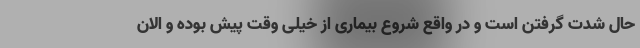
حال شدت گرفتن است و در واقع شروع بیماری از خیلی وقت پیش بوده و الان